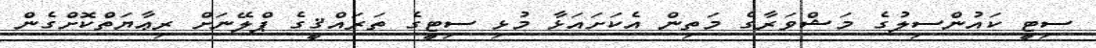
ސިޓީ ކައުންސިލުގެ މަޝްވަރާގެ މަތިން އެކަށައަޅާ މުޅި ސިޓީގެ ތަރައްޤީގެ ޕްލޭނަށް ރިޢާޔަތްކޮށްގެން